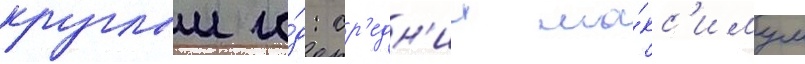
круглыи го́д: ср'едн'ии ма́кс'имум